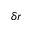
\delta r